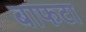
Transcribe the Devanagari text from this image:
बाफटा